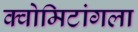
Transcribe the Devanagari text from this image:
क्वोमिटांगला